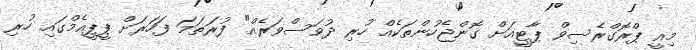
މިއީ ޕްރޮގްރެސިވް ޕާޓީއަށް ގޮންޖެހުންތަކެއް ހުރި ދުވަސްވަރެއް" ފުރަތަމަ ފަހަރަށް ޕީޕީއެމްގައި ހުރި